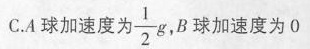
C.A球加速度为\frac{1}{2}g,B球加速度为0